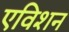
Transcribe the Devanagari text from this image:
एविशन